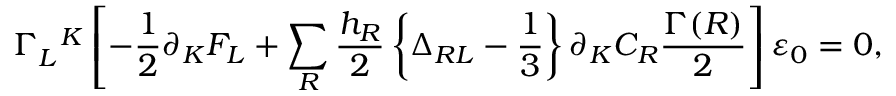
\Gamma _ { L } ^ { ~ ~ K } \left[ - \frac { 1 } { 2 } \partial _ { K } F _ { L } + \sum _ { R } \frac { h _ { R } } { 2 } \left\{ \Delta _ { R L } - \frac { 1 } { 3 } \right\} \partial _ { K } C _ { R } \frac { \Gamma ( R ) } { 2 } \right] \varepsilon _ { 0 } = 0 ,